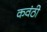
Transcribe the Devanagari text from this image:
कवंठी